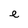
Character: e